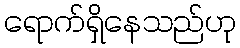
ရောက်ရှိနေသည်ဟု